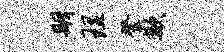
期理登欺